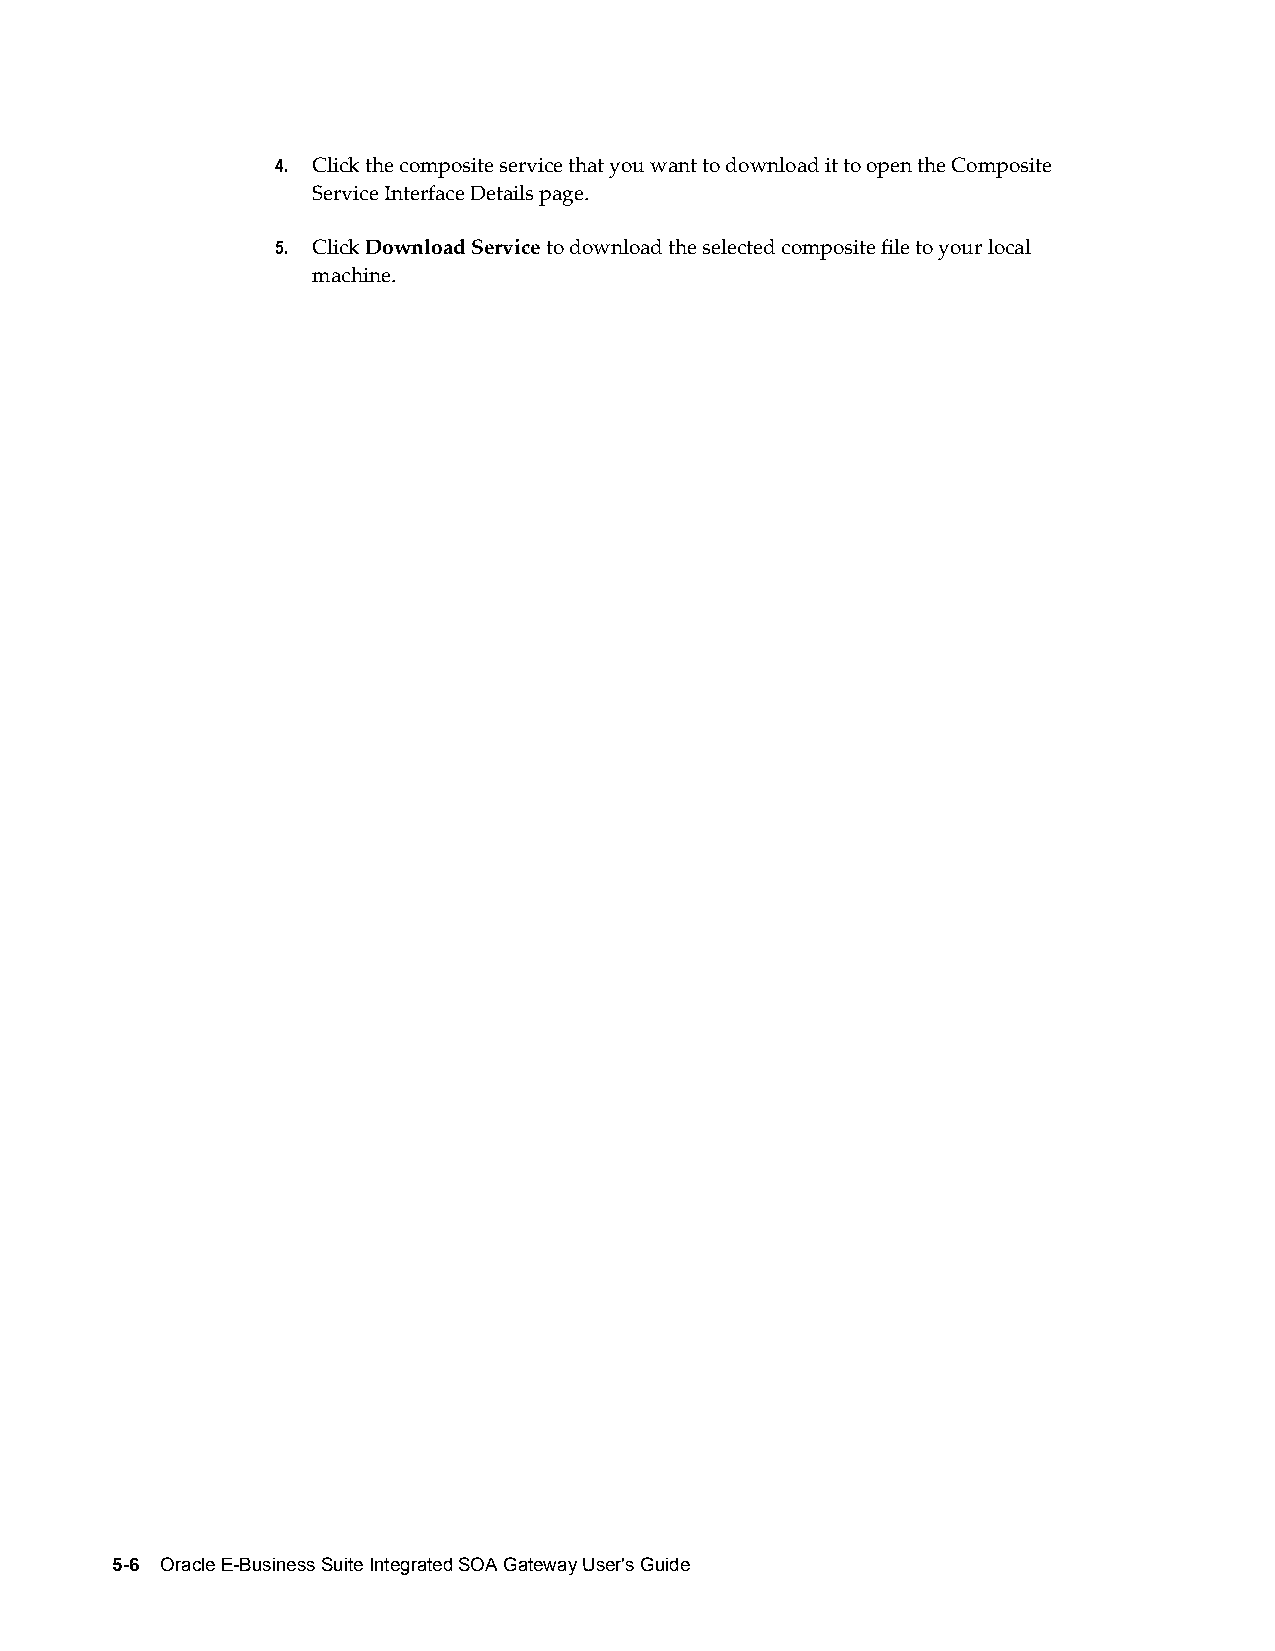
4. Click the composite service that you want to download it to open the Composite
 Service Interface Details page.
 5. Click Download Service to download the selected composite file to your local
 machine.
 5-6 Oracle E-Business Suite Integrated SOA Gateway User's Guide